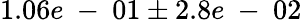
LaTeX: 1.06e\mathrm{~-~}01\pm 2.8e\mathrm{~-~}02